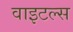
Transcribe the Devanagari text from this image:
वाइटल्स